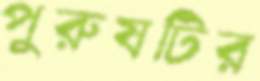
পুরুষটির